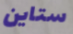
ستاين